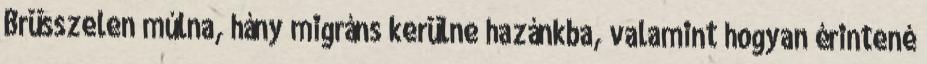
Brüsszelen múlna, hány migráns kerülne hazánkba, valamint hogyan érintené